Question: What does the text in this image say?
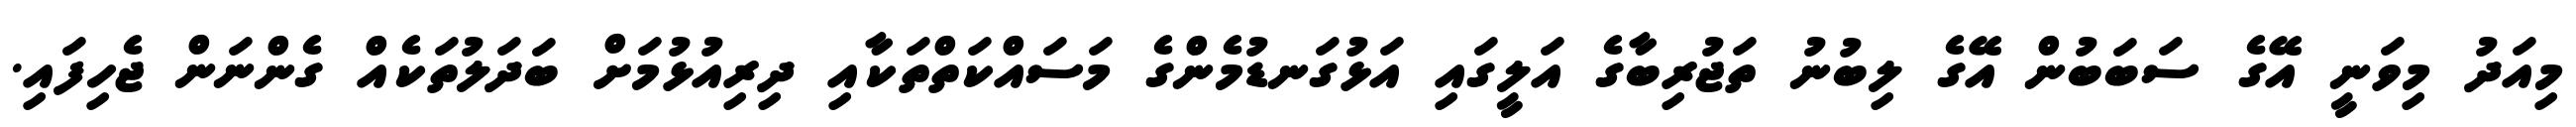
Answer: މިއަދު މިވަނީ އޭގެ ސަބަބުން އޭގެ ލިބުނު ތަޖުރިބާގެ އަލީގައި އަޅުގަނޑުމެންގެ މަސައްކަތްތަކާއި ދިރިއުޅުމަށް ބަދަލުތަކެއް ގެންނަން ޖެހިފައި.